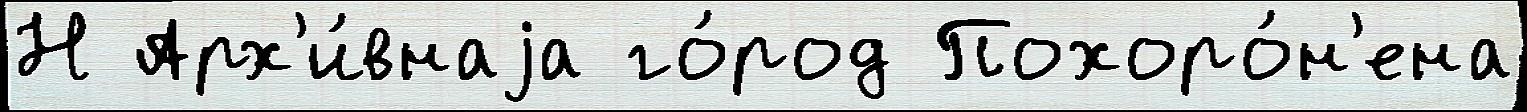
Н Арх'и́внаjа го́род Похоро́н'ена